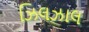
ઝિલઝાલ